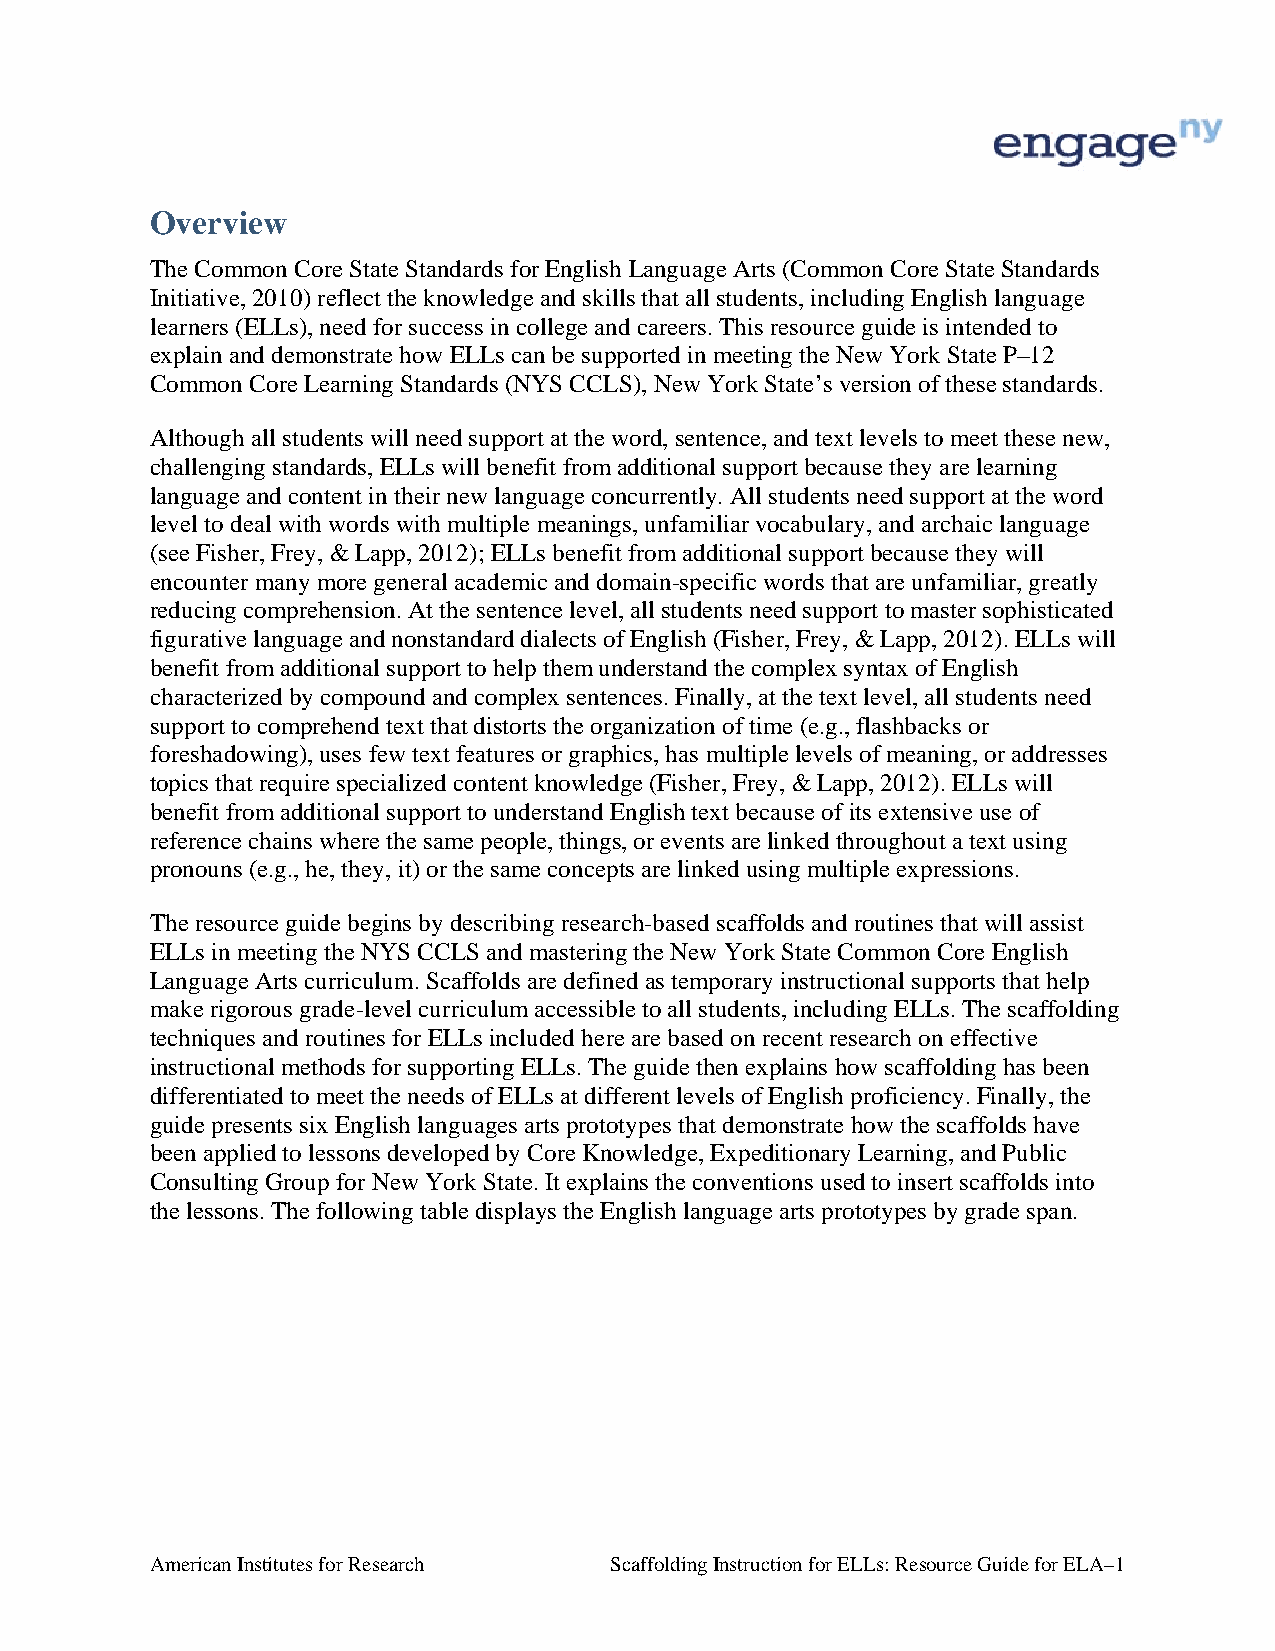
Overview
 The Common Core State Standards for English Language Arts (Common Core State Standards
 Initiative, 2010) reflect the knowledge and skills that all students, including English language
 learners (ELLs), need for success in college and careers. This resource guide is intended to
 explain and demonstrate how ELLs can be supported in meeting the New York State P–12
 Common Core Learning Standards (NYS CCLS), New York State’s version of these standards.
 Although all students will need support at the word, sentence, and text levels to meet these new,
 challenging standards, ELLs will benefit from additional support because they are learning
 language and content in their new language concurrently. All students need support at the word
 level to deal with words with multiple meanings, unfamiliar vocabulary, and archaic language
 (see Fisher, Frey, & Lapp, 2012); ELLs benefit from additional support because they will
 encounter many more general academic and domain-specific words that are unfamiliar, greatly
 reducing comprehension. At the sentence level, all students need support to master sophisticated
 figurative language and nonstandard dialects of English (Fisher, Frey, & Lapp, 2012). ELLs will
 benefit from additional support to help them understand the complex syntax of English
 characterized by compound and complex sentences. Finally, at the text level, all students need
 support to comprehend text that distorts the organization of time (e.g., flashbacks or
 foreshadowing), uses few text features or graphics, has multiple levels of meaning, or addresses
 topics that require specialized content knowledge (Fisher, Frey, & Lapp, 2012). ELLs will
 benefit from additional support to understand English text because of its extensive use of
 reference chains where the same people, things, or events are linked throughout a text using
 pronouns (e.g., he, they, it) or the same concepts are linked using multiple expressions.
 The resource guide begins by describing research-based scaffolds and routines that will assist
 ELLs in meeting the NYS CCLS and mastering the New York State Common Core English
 Language Arts curriculum. Scaffolds are defined as temporary instructional supports that help
 make rigorous grade-level curriculum accessible to all students, including ELLs. The scaffolding
 techniques and routines for ELLs included here are based on recent research on effective
 instructional methods for supporting ELLs. The guide then explains how scaffolding has been
 differentiated to meet the needs of ELLs at different levels of English proficiency. Finally, the
 guide presents six English languages arts prototypes that demonstrate how the scaffolds have
 been applied to lessons developed by Core Knowledge, Expeditionary Learning, and Public
 Consulting Group for New York State. It explains the conventions used to insert scaffolds into
 the lessons. The following table displays the English language arts prototypes by grade span.
 American Institutes for Research Scaffolding Instruction for ELLs: Resource Guide for ELA–1